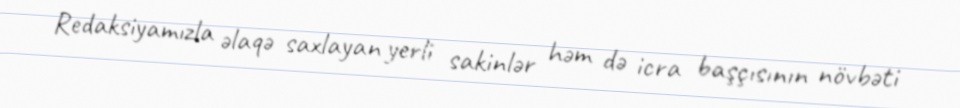
Redaksiyamızla əlaqə saxlayan yerli sakinlər həm də icra başçısının növbəti